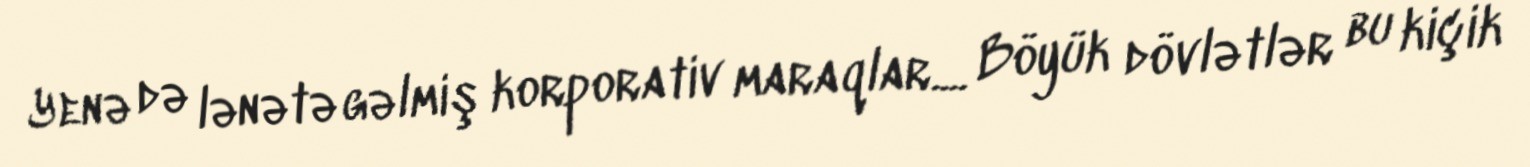
Yenə də lənətə gəlmiş korporativ maraqlar.... Böyük dövlətlər bu kiçik